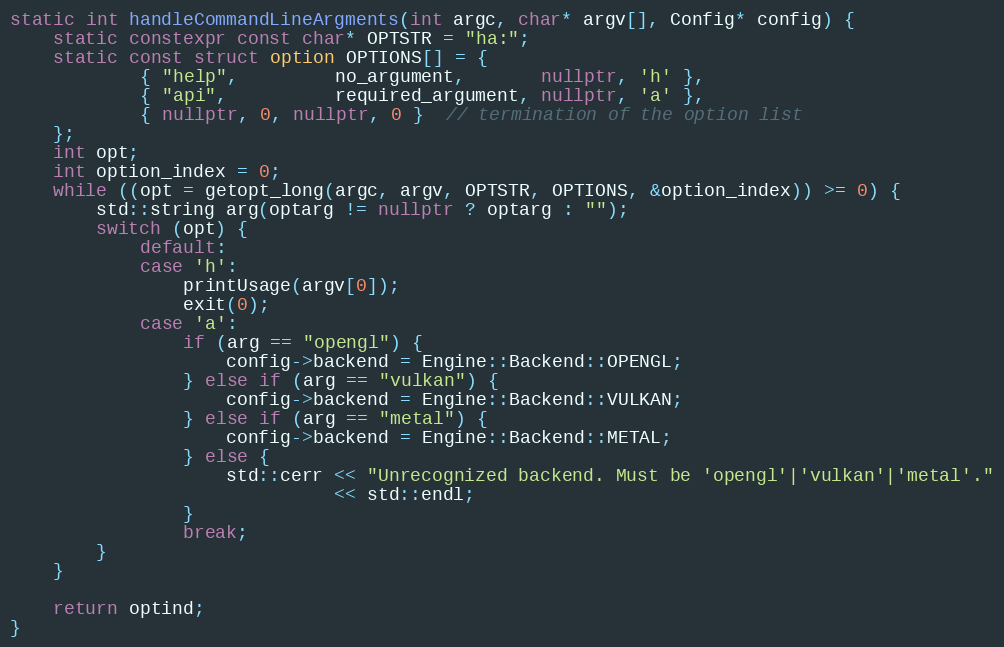
Language: C++
static int handleCommandLineArgments(int argc, char* argv[], Config* config) {
    static constexpr const char* OPTSTR = "ha:";
    static const struct option OPTIONS[] = {
            { "help",         no_argument,       nullptr, 'h' },
            { "api",          required_argument, nullptr, 'a' },
            { nullptr, 0, nullptr, 0 }  // termination of the option list
    };
    int opt;
    int option_index = 0;
    while ((opt = getopt_long(argc, argv, OPTSTR, OPTIONS, &option_index)) >= 0) {
        std::string arg(optarg != nullptr ? optarg : "");
        switch (opt) {
            default:
            case 'h':
                printUsage(argv[0]);
                exit(0);
            case 'a':
                if (arg == "opengl") {
                    config->backend = Engine::Backend::OPENGL;
                } else if (arg == "vulkan") {
                    config->backend = Engine::Backend::VULKAN;
                } else if (arg == "metal") {
                    config->backend = Engine::Backend::METAL;
                } else {
                    std::cerr << "Unrecognized backend. Must be 'opengl'|'vulkan'|'metal'."
                              << std::endl;
                }
                break;
        }
    }

    return optind;
}